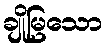
ချိုမြသော